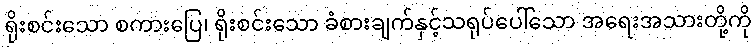
ရိုးစင်းသော စကားပြေ၊ ရိုးစင်းသော ခံစားချက်နှင့်သရုပ်ပေါ်သော အရေးအသားတို့ကို